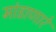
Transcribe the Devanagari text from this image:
मांडाणारे